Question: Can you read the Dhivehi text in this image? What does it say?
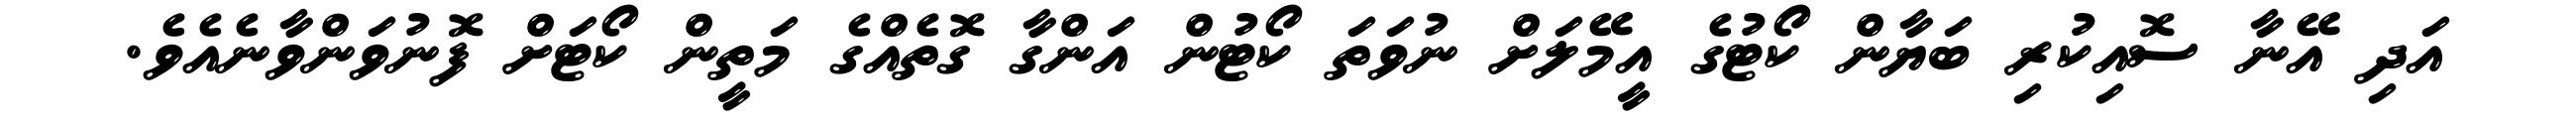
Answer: އަދި އޭނާ ސޮއިކުރި ބަޔާން ކޯޓުގެ އީމޭލަށް ނުވަތަ ކޯޓުން އަންގާ ގޮތެއްގެ މަތީން ކޯޓަށް ފޮނުވަންވާނެއެވެ.